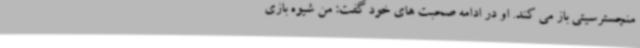
منچسترسیتی باز می کند. او در ادامه صحبت های خود گفت: من شیوه بازی